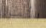
الأمر